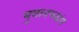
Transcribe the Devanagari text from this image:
युवानच्यांग